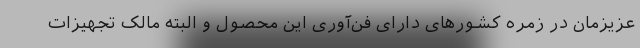
عزیزمان در زمره کشورهای دارای فن‌آوری این محصول و البته مالک تجهیزات